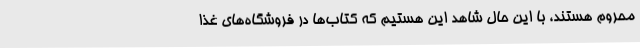
محروم هستند، با این حال شاهد این هستیم که کتاب‌ها در فروشگاه‌های غذا